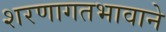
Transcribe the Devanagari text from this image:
शरणागतभावाने